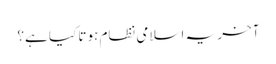
آخر یہ اسلامی نظام ہوتا کیا ہے؟